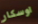
اوسكار